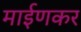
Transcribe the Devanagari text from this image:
माईणकर